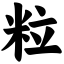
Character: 粒